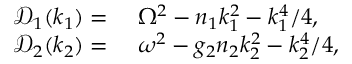
\begin{array} { r l } { \mathcal { D } _ { 1 } ( k _ { 1 } ) = } & { { } \ \Omega ^ { 2 } - n _ { 1 } k _ { 1 } ^ { 2 } - k _ { 1 } ^ { 4 } / 4 , } \\ { \mathcal { D } _ { 2 } ( k _ { 2 } ) = } & { { } \ \omega ^ { 2 } - g _ { 2 } n _ { 2 } k _ { 2 } ^ { 2 } - k _ { 2 } ^ { 4 } / 4 , } \end{array}